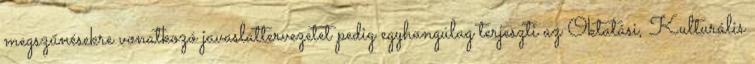
megszűnésekre vonatkozó javaslattervezetet pedig egyhangúlag terjeszti az Oktatási, Kulturális